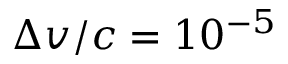
\Delta v / c = 1 0 ^ { - 5 }